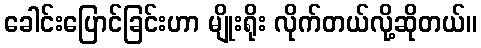
ခေါင်းပြောင်ခြင်းဟာ မျိုးရိုး လိုက်တယ်လို့ဆိုတယ်။